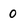
Character: 0